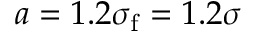
a = 1 . 2 \sigma _ { \mathrm { f } } = 1 . 2 \sigma